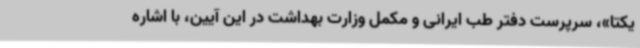
یکتا»، سرپرست دفتر طب ایرانی و مکمل وزارت بهداشت در این آیین، با اشاره